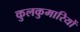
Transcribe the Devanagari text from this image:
कुलकुमारियों